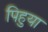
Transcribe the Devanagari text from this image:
पिहुया